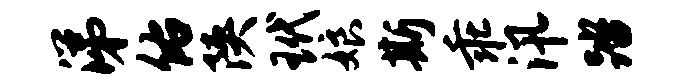
涕佑陕玳娘斯乖汛踏